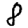
Digit: 8